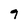
Character: 9